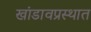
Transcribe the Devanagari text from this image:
खांडावप्रस्थात